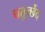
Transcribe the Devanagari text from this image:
चतुर्च्छेद